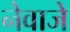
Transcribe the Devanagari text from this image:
नेवाजे